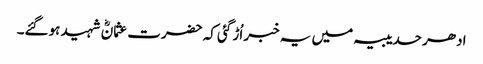
ادھر حدیبیہ میں یہ خبر اُڑ گئی کہ حضرت عثمانؓ شہید ہوگئے۔